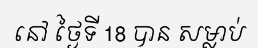
នៅ ថ្ងៃទី 18 បាន សម្លាប់